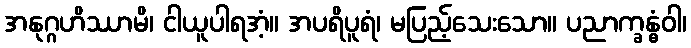
အနုဂ္ဂဟိဿာမိ၊ ငါယူပါရအံ့။ အပရိပူရံ၊ မပြည့်သေးသော။ ပညာက္ခန္ဓံဝါ၊